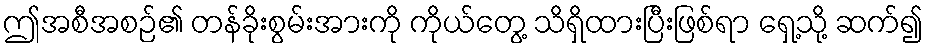
ဤအစီအစဉ်၏ တန်ခိုးစွမ်းအားကို ကိုယ်တွေ့ သိရှိထားပြီးဖြစ်ရာ ရှေ့သို့ ဆက်၍